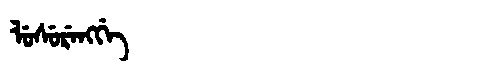
Manchu: ᠯᡠᠰᡠᡵᡝᠩᡤᡝ
Romanization: LUSURENGGE